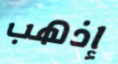
إذهب